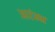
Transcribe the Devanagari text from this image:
आरंम्भ